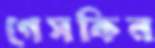
গেসকিন